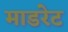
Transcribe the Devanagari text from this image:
माडरेट